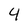
Character: 4